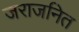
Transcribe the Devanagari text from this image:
जराजनित